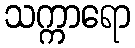
သက္ကာရော